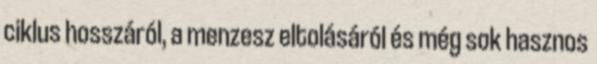
ciklus hosszáról, a menzesz eltolásáról és még sok hasznos